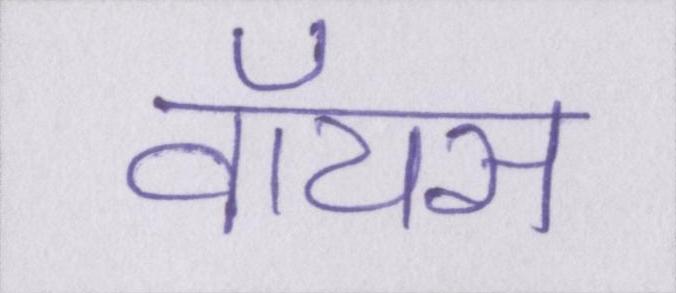
वॉयस